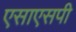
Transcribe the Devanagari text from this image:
एसाएसपी